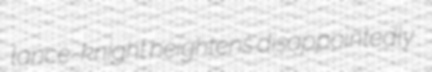
lance-knight heightens disappointedly